Sanitation, dispensaries and jails vaccination Rajputana 1922-1927 - 1922-1927
Year: 1922
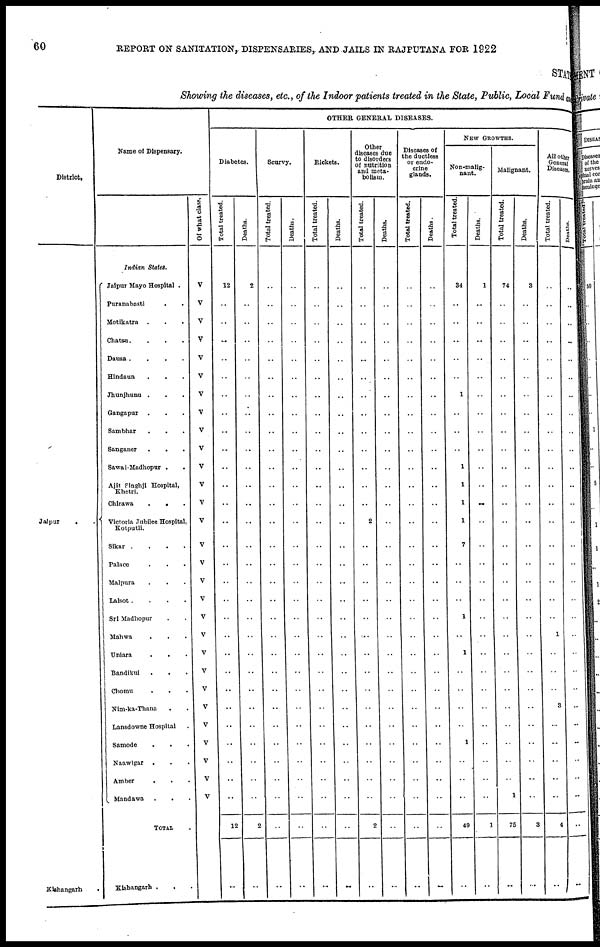
60
REPORT ON SANITATION, DISPENSARIES, AND JAILS IN RAJPUTANA FOR 1922
Showing the diseases, etc., of the Indoor patients treated in the State, Public, Local Fund a
District.
Jaipur
.
.
Kishangarh .
Name of Dispensary.
Indian States.
Jaipur Mayo Hospital .
Puranabasti
. .
Motikatra . . .
Chatsu. . . .
Dausa . . . .
Hindaun . . .
Jhunjhunu . . .
Gangapur . . .
Sambhar . . .
Sanganer . . .
Sawai-Madhopur . .
Ajit Singhji Hospital,
Khetri.
Chirawa
.
. .
Victoria Jubilee Hospital,
Kotputli.
Sikar .
.
.
.
Palace . . .
Malpura . . .
Lalsot .
.
.
.
Sri Madhopur . .
Mahwa
.
. .
Uniara
.
. .
Bandikui
.
. .
Chomu . . .
Nim-ka-Thana . .
Lansdowne Hospital .
Samode
.
.
.
Naawlgar . . .
Amber . . .
Mandawa
.
. .
TOTAL .
Kishangarh .
. .
Of what class.
V
V
V
V
V
V
V
V
V
V
V
V
V
V
V
V
V
V
V
V
V
V
V
V
V
V
V
V
V
..
OTHER GENERAL DISEASES.
Diabetes.
Total treated.
12
..
..
..
..
..
..
..
..
..
..
..
..
..
..
..
..
..
..
..
..
..
..
..
..
..
..
..
..
12
..
Deaths.
2
..
..
..
..
..
..
..
..
..
..
..
..
..
..
..
..
..
..
..
..
..
..
..
..
..
..
..
..
2
..
Scurvy.
Total treated.
..
..
..
..
..
..
..
..
..
..
..
..
..
..
..
..
..
..
..
..
..
..
..
..
..
..
..
..
..
..
..
Deaths.
..
..
..
..
..
..
..
..
..
..
..
..
..
..
..
..
..
..
..
..
..
..
..
..
..
..
..
..
..
..
..
Rickets.
Total treated.
..
..
..
..
..
..
..
..
..
..
..
..
..
..
..
..
..
..
..
..
..
..
..
..
..
..
..
..
..
..
..
Deaths.
..
..
..
..
..
..
..
..
..
..
..
..
..
..
..
..
..
..
..
..
..
..
..
..
..
..
..
..
..
..
..
Other
diseases due
to disorders
of nutrition
and meta-
bolism.
Total treated.
..
..
..
..
..
..
..
..
..
..
..
..
..
2
..
..
..
..
..
..
..
..
..
..
..
..
..
..
..
2
..
Deaths.
..
..
..
..
..
..
..
..
..
..
..
..
..
..
..
..
..
..
..
..
..
..
..
..
..
..
..
..
..
..
..
Diseases of
the ductless
or endo-
crine
glands.
Total treated.
..
..
..
..
..
..
..
..
..
..
..
..
..
..
..
..
..
..
..
..
..
..
..
..
..
..
..
..
..
..
..
Deaths.
..
..
..
..
..
..
..
..
..
..
..
..
..
..
..
..
..
..
..
..
..
..
..
..
..
..
..
..
..
..
..
NEW GROWTHS.
Non-malig¬
nant.
Total treated.
34
..
..
..
..
..
1
..
..
..
1
1
1
1
7
..
..
..
1
..
1
..
..
..
..
1
..
..
..
45
..
Deaths.
1
..
..
..
..
..
..
..
..
..
..
..
..
..
..
..
..
..
..
..
..
..
..
..
..
..
..
..
..
1
..
Malignant.
Total treated.
74
..
..
..
..
..
..
..
..
..
..
..
..
..
..
..
..
..
..
..
..
..
..
..
..
..
..
..
1
75
..
Deaths.
3
..
..
..
..
..
..
..
..
..
..
..
..
..
..
..
..
..
..
..
..
..
..
..
..
..
..
..
..
3
..
All other
General
Diseases.
Total treated.
..
..
..
..
..
..
..
..
..
..
..
..
..
..
..
..
..
..
..
1
..
..
..
3
..
..
..
..
..
4
..
Deaths.
..
..
..
..
..
..
..
..
..
..
..
..
..
..
..
..
..
..
..
..
..
..
..
..
..
..
..
..
..
..
..